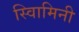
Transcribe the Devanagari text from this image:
स्वािमिनी